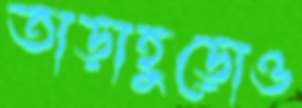
তাড়াহুড়োও